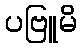
ပဗြူမိ